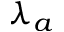
\lambda _ { a }